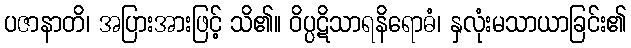
ပဇာနာတိ၊ အပြားအားဖြင့် သိ၏။ ဝိပ္ပဋိသာရနိရောဓံ၊ နှလုံးမသာယာခြင်း၏